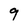
Character: 9